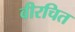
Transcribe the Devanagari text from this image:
वीरचित